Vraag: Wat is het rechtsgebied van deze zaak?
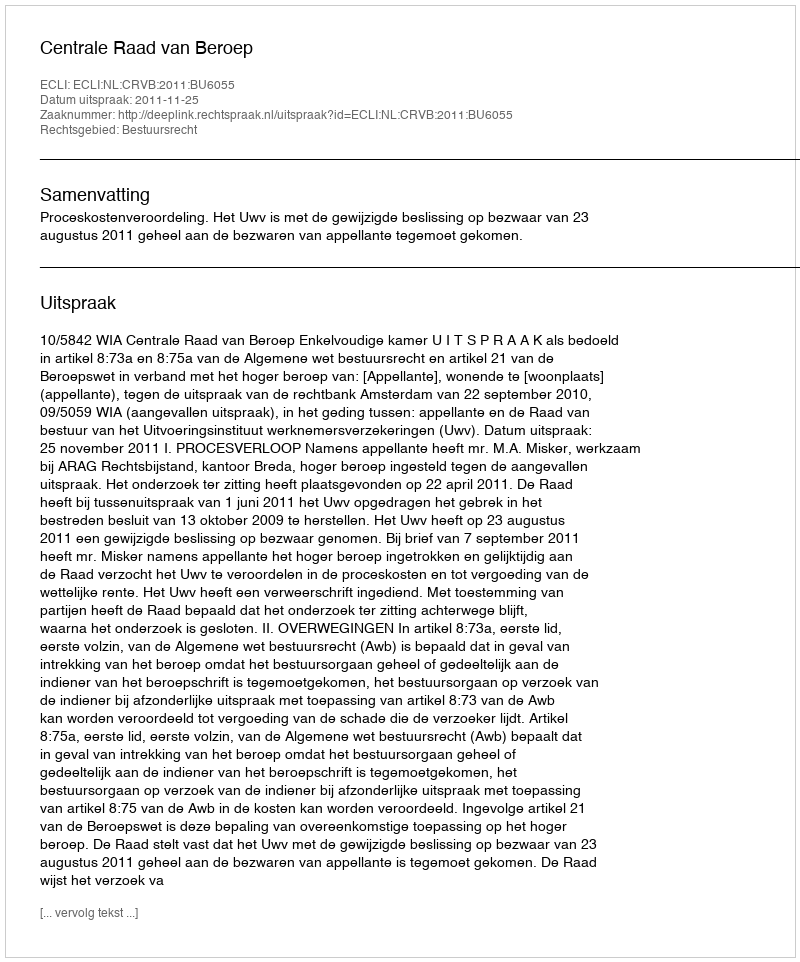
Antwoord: Bestuursrecht